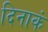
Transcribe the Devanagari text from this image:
दिनाकं